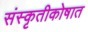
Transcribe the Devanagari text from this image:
संस्कृतीकोषात